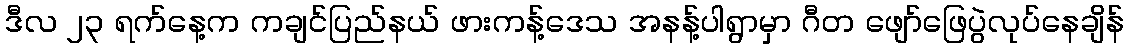
ဒီလ ၂၃ ရက်နေ့က ကချင်ပြည်နယ် ဖားကန့်ဒေသ အနန့်ပါရွာမှာ ဂီတ ဖျော်ဖြေပွဲလုပ်နေချိန်